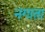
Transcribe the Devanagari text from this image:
नगाता